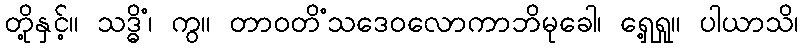
တို့နှင့်။ သဒ္ဓိံ၊ ကွ။ တာဝတိံသဒေဝလောကာဘိမုခေါ၊ ရှေ့ရှု။ ပါယာသိ၊